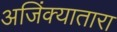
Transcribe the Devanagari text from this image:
अजिंक्यातारा